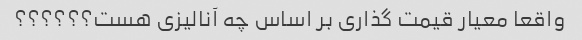
واقعا معیار قیمت گذاری بر اساس چه آنالیزی هست؟؟؟؟؟؟